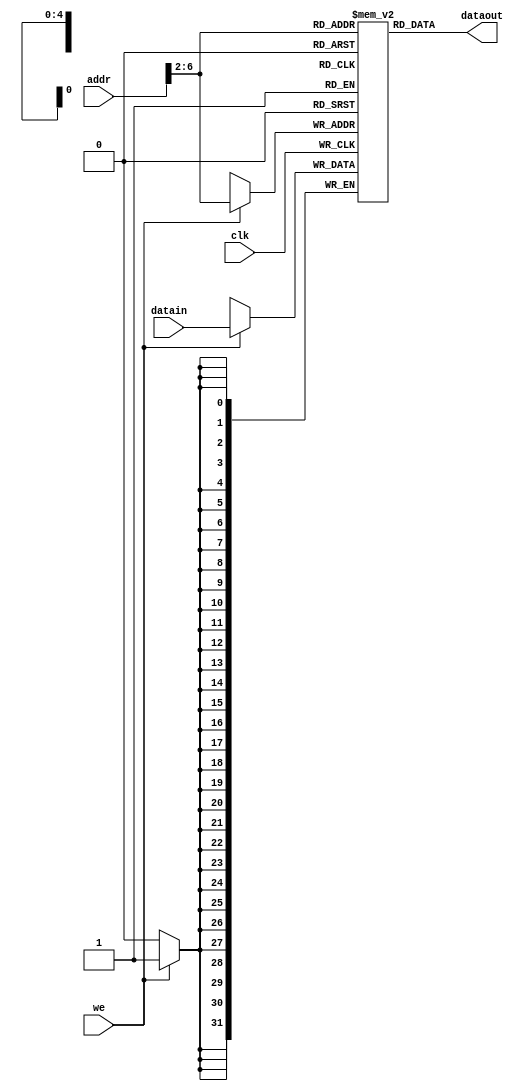
module scdatamem (clk,dataout,datain,addr,we);
    input clk;
    input we;
    input [31:0] datain;
    input [31:0] addr;
    output [31:0] dataout;
    reg [31:0] ram[0:31];

    assign dataout = ram[addr[6:2]];

    always @ (posedge clk)
        if (we) ram[addr[6:2]] = datain;
    
    integer i;
    initial begin
      for (i = 0; i < 32; i = i + 1)
        ram[i] = 0;
        // ram[word_addr] = data
        ram[5'h14] = 32'h000000a3;
        ram[5'h15] = 32'h00000027;
        ram[5'h16] = 32'h00000079;
        ram[5'h17] = 32'h00000115;
        // ram[5'h18] should be 0x00000258, the sum stored by sw instruction
    end
endmodule